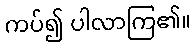
ကပ်၍ ပါလာကြ၏။